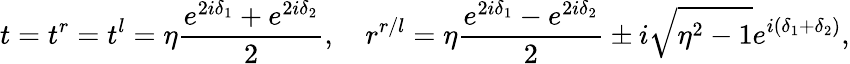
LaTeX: t=t^{r}=t^{l}=\eta\frac{e^{2i\delta_{1}}+e^{2i\delta_{2}}}{2},\ \ \ \ r^{r/l}=\eta\frac{e^{2i\delta_{1}}-e^{2i\delta_{2}}}{2}\pm i\sqrt{\eta^{2}-1}e^{i(\delta_{1}+\delta_{2})},